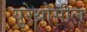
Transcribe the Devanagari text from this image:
युरेथ्रोसील